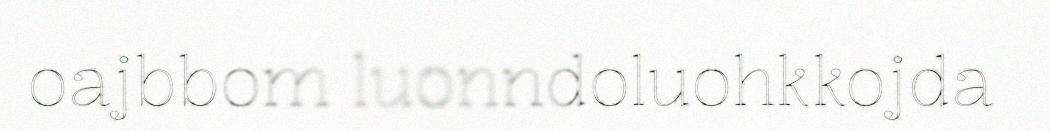
oajbbom luonndoluohkkojda